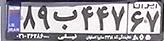
۸۹ب۴۴۷۶۷